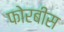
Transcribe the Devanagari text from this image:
फोरबीस